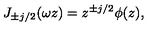
J _ { \pm j / 2 } ( \omega z ) = z ^ { \pm j / 2 } \phi ( z ) ,